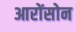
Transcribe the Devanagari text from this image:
आरोंसोन